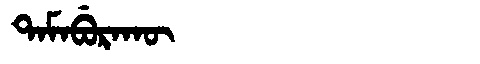
Manchu: ᡨᠠᠮᠠᠪᡠᡵᠠᡴᡡ
Romanization: TAMABURAKŪ